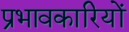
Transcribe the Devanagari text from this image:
प्रभावकारियों